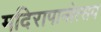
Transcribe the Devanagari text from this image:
मदिरापानोत्सव